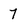
Character: 7